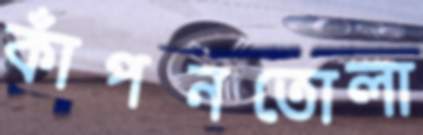
কাঁপনতোলা